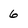
Character: 6